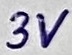
Text: 3V